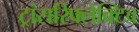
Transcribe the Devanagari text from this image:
ट्रांसरिफ्लेक्टिव